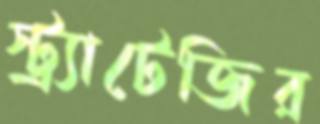
স্ট্র্যাটেজির